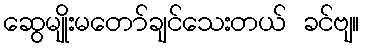
ဆွေမျိုးမတော်ချင်သေးတယ် ခင်ဗျ။